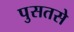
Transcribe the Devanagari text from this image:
पुसतसे